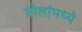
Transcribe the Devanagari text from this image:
बोलांमध्ये